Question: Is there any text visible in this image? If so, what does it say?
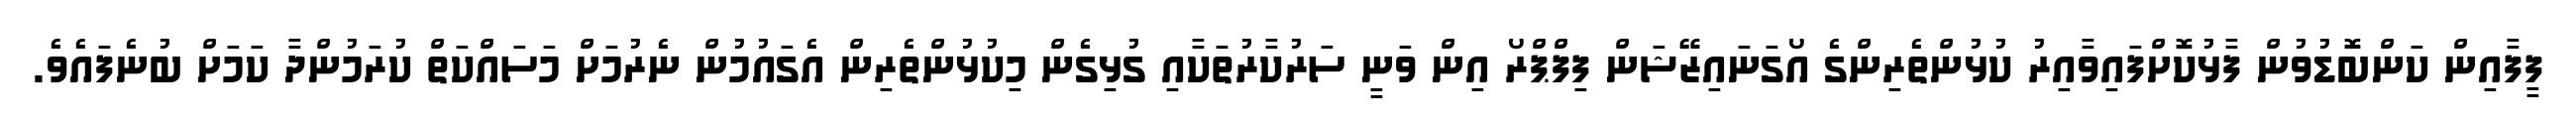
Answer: ފީފާއިން ކަންބޮޑުވުން ފާޅުކޮށްފައިވާއިރު ކުޅުންތެރިންގެ އޯގަނައިޒޭޝަން ފިފްޕްރޯ އިން ވަނީ ސަރުކާރުތަކާއި ގުޅިގެން މިކުޅުންތެރިން އެގައުމުން ނެރުމަށް މަސައްކަތް ކުރަމުންދާ ކަމަށް ބުނެފައެވެ.